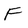
Character: f